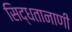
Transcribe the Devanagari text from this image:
सिद्धतानाणी